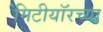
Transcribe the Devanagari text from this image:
मिटीयॉरच्या